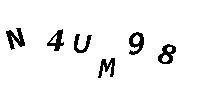
N4UM98